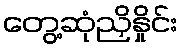
တွေ့ဆုံညှိနှိုင်း